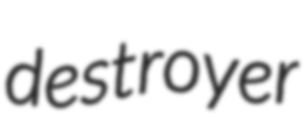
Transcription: destroyer